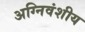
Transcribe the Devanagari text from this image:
अग्निवंशीय